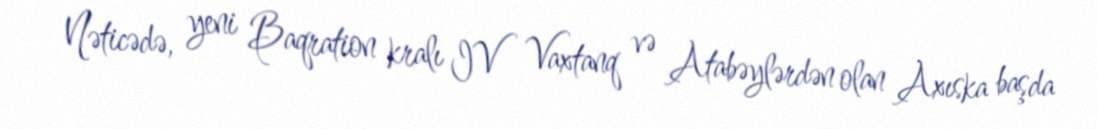
Nəticədə, yeni Baqration kralı IV Vaxtanq və Atabəylərdən olan Axıska başda